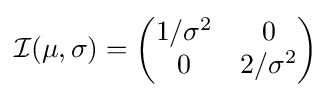
{\mathcal {I}}(\mu ,\sigma )={\begin{pmatrix}1/\sigma ^{2}&0\\0&2/\sigma ^{2}\end{pmatrix}}